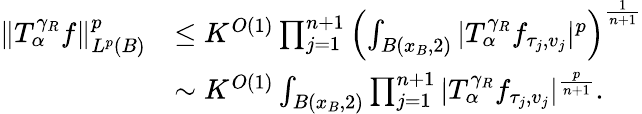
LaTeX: \begin{array}{rl}{\| T_{\alpha}^{\gamma_{R}}f\| _{L^{p}(B)}^{p}}&{\leq K^{O(1)}\prod_{j=1}^{n+1}\left(\int_{B(x_{B},2)}|T_{\alpha}^{\gamma_{R}}f_{\tau_{j},v_{j}}|^{p}\right)^{\frac{1}{n+1}}}\\ &{\sim K^{O(1)}\int_{B(x_{B},2)}\prod_{j=1}^{n+1}|T_{\alpha}^{\gamma_{R}}f_{\tau_{j},v_{j}}|^{\frac{p}{n+1}}.}\end{array}